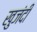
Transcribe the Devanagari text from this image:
खुजंदी